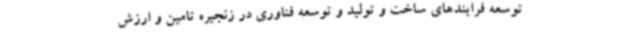
توسعه فرایندهای ساخت و تولید و توسعه فناوری در زنجیره تامین و ارزش